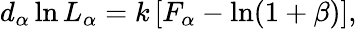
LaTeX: d_{\alpha}\ln L_{\alpha}=k\left[F_{\alpha}-\ln(1+\beta)\right],